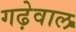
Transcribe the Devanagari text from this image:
गढ़ेवाल